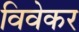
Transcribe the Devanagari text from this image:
विवेकर